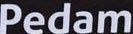
Pedam